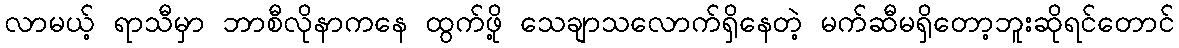
လာမယ့် ရာသီမှာ ဘာစီလိုနာကနေ ထွက်ဖို့ သေချာသလောက်ရှိနေတဲ့ မက်ဆီမရှိတော့ဘူးဆိုရင်တောင်